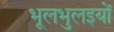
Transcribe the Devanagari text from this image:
भूलभुलइयों